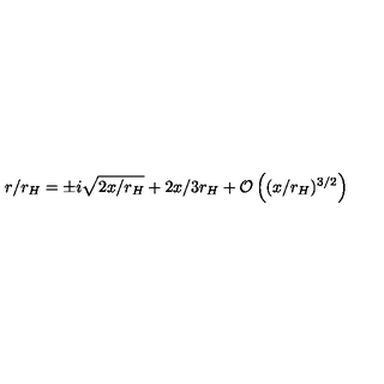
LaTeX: r / r _ { H } = \pm i \sqrt { 2 x / r _ { H } } + 2 x / 3 r _ { H } + { \mathcal O } \left( ( x / r _ { H } ) ^ { 3 / 2 } \right)